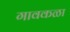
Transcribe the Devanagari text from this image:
गावकळा